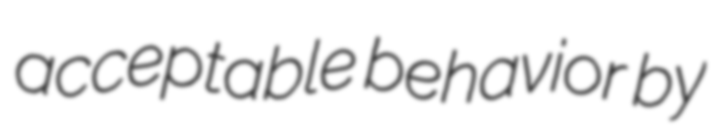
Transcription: acceptable behavior by